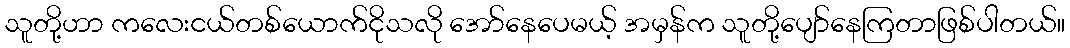
သူတို့ဟာ ကလေးငယ်တစ်ယောက်ငိုသလို အော်နေပေမယ့် အမှန်က သူတို့ပျော်နေကြတာဖြစ်ပါတယ်။